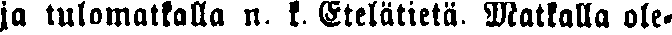
ja tulomatkalla n. k. Etelätietä. Matkalla ole-